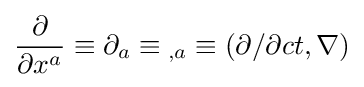
{\partial  \over {\partial x^{a}}}\equiv \partial _{a}\equiv {}_{,a}\equiv (\partial /\partial ct,\nabla )